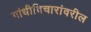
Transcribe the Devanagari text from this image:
गांधीविचारांवरील